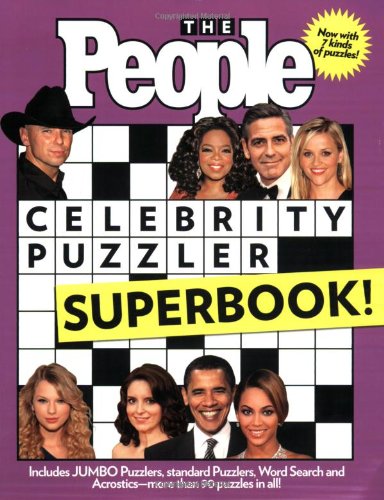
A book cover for The PEOPLE Celebrity Puzzler Superbook; Editors of People Magazine; Humor & Entertainment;